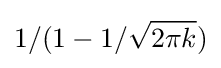
1/(1-1/{\sqrt {2\pi k}})